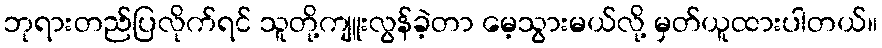
ဘုရားတည်ပြလိုက်ရင် သူတို့ကျူးလွန်ခဲ့တာ မေ့သွားမယ်လို့ မှတ်ယူထားပါတယ်။